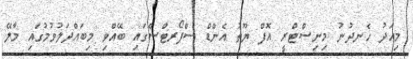
މިއަދު ހެނދުނު މިނިސްޓްރީ އޮފް ޔޫތު އެންޑް ސްޕޯރޓްސްގައި ބޭއްވި މިބައްދަލުވުމުގައި މާލޭ